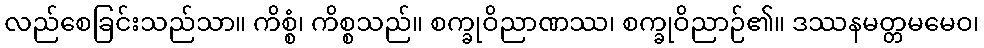
လည်စေခြင်းသည်သာ။ ကိစ္စံ၊ ကိစ္စသည်။ စက္ခုဝိညာဏဿ၊ စက္ခုဝိညာဉ်၏။ ဒဿနမတ္တမမေဝ၊